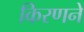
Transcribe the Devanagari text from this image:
किरणने